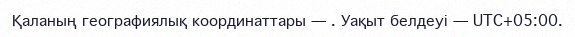
Қаланың географиялық координаттары — . Уақыт белдеуі — UTC+05:00.